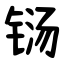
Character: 铴